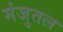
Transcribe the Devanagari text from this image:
मंजुतल